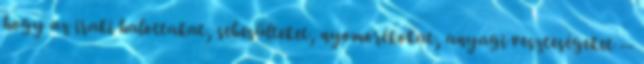
hogy az iraki halottakat, sebesülteket, nyomorékokat, anyagi veszteségeket --